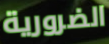
الضرورية